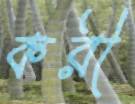
করী